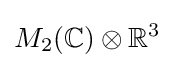
M_{2}(\mathbb {C} )\otimes \mathbb {R} ^{3}